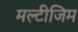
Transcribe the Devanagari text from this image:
मल्टीजिम